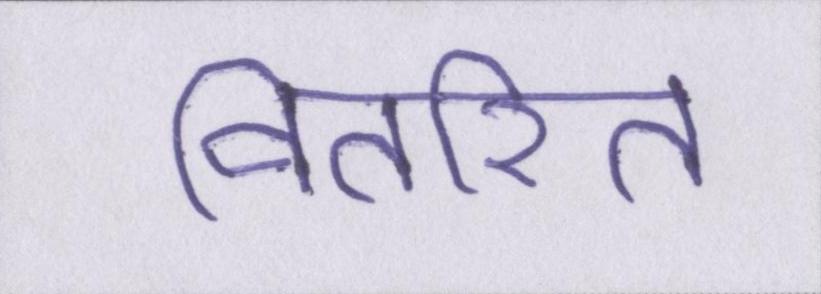
वितरित